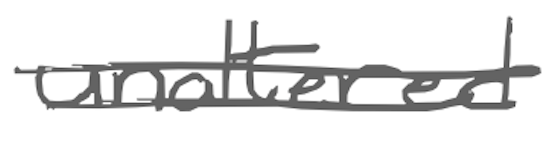
Text: unaltered
Cross-out: double-line
Writing tool: digital_gray